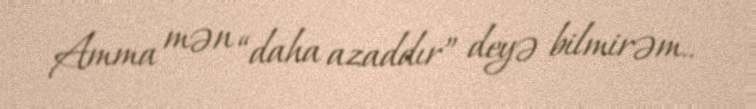
Amma mən “daha azaddır” deyə bilmirəm..